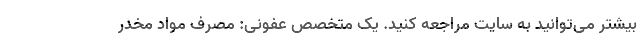
بیشتر می‌توانید به سایت مراجعه کنید. یک متخصص عفونی: مصرف مواد مخدر